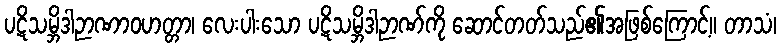
ပဋိသမ္ဘိဒါဉာဏာဝဟတ္တာ၊ လေးပါးသော ပဋိသမ္ဘိဒါဉာဏ်ကို ဆောင်တတ်သည်၏အဖြစ်ကြောင့်။ တာသံ၊